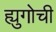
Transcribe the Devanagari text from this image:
ह्युगोची